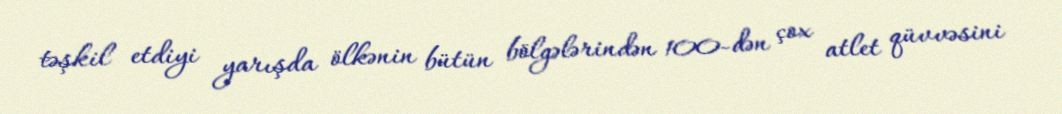
təşkil etdiyi yarışda ölkənin bütün bölgələrindən 100-dən çox atlet qüvvəsini